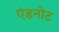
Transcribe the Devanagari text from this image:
एंडनोट